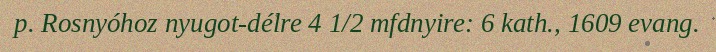
p. Rosnyóhoz nyugot-délre 4 1/2 mfdnyire: 6 kath., 1609 evang.